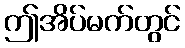
ဤအိပ်မက်တွင်